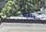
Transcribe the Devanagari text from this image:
मीहान